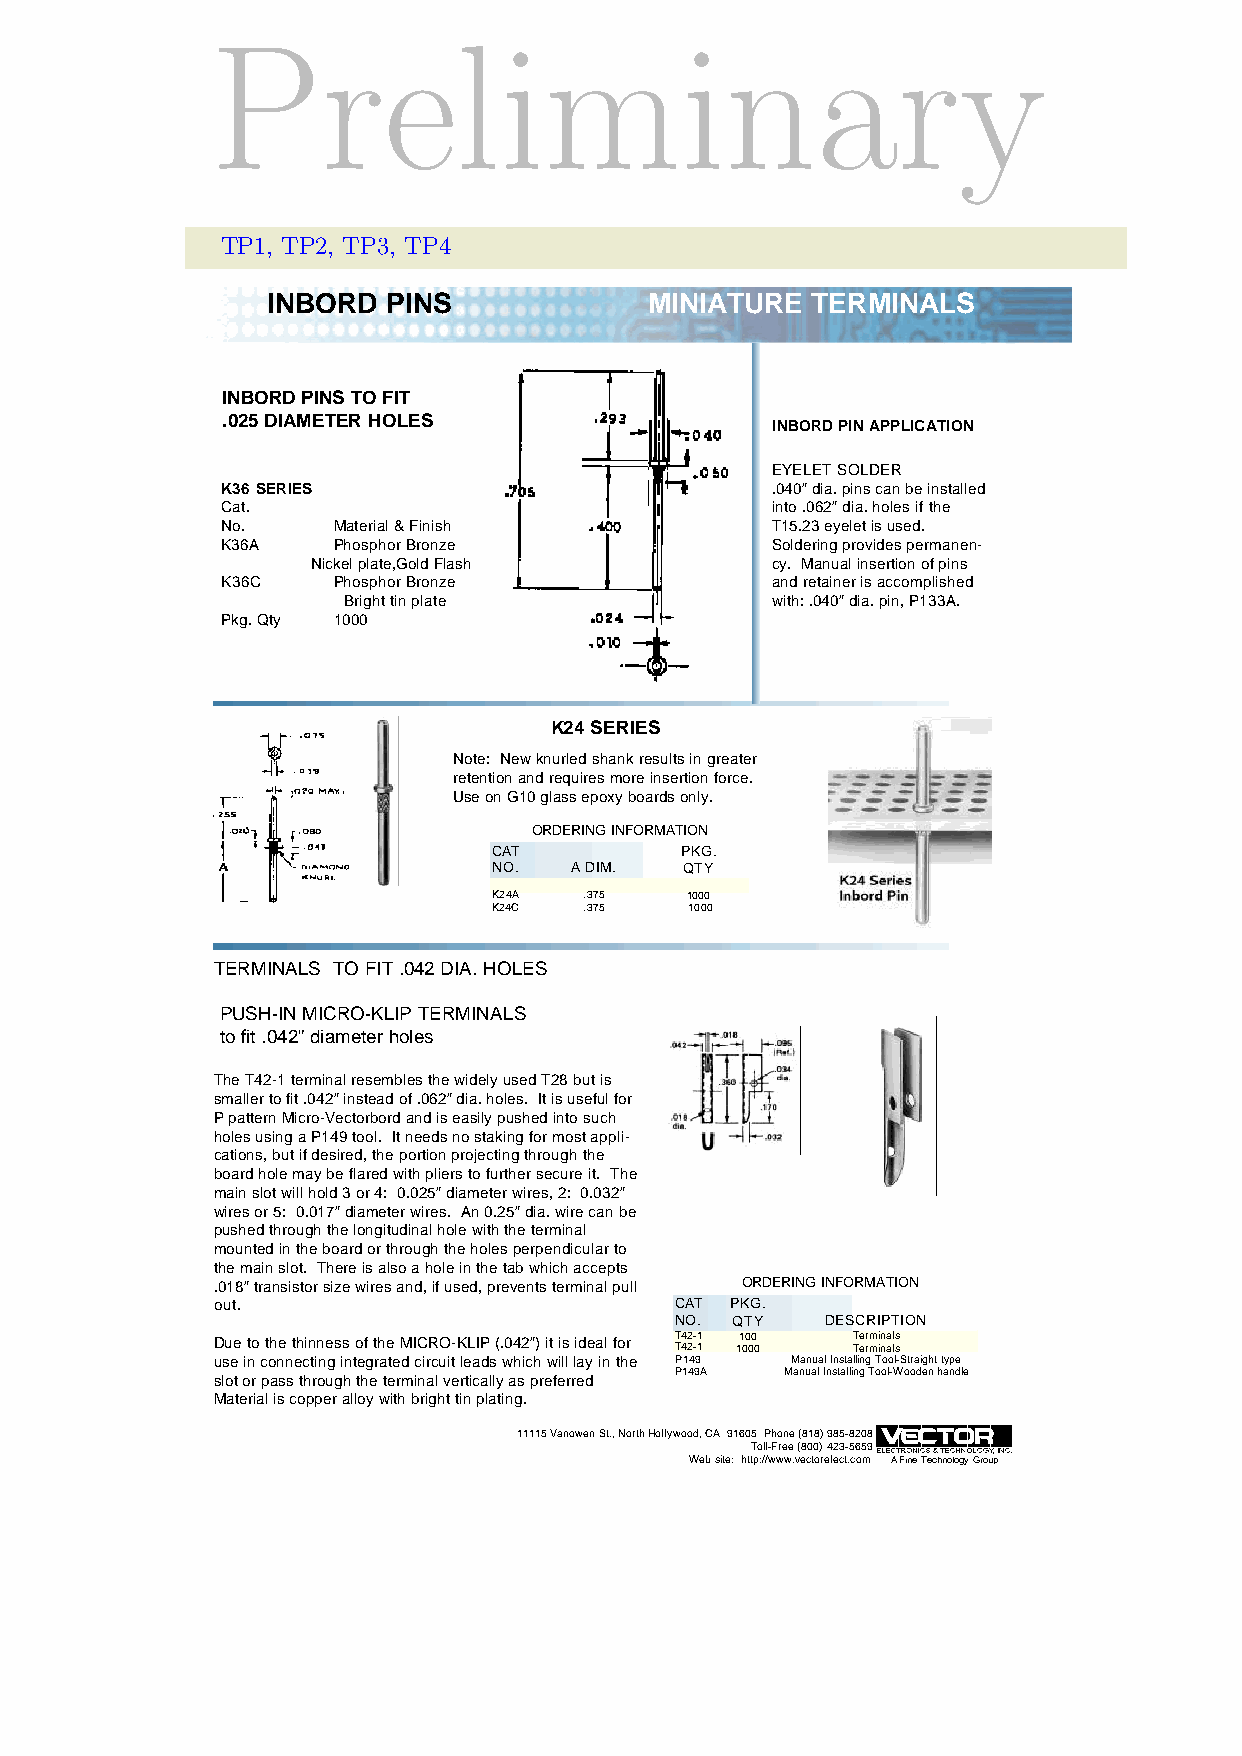
Preliminary
 TP1, TP2, TP3, TP4
 INBORD  PINS             MINIATURE  TERMINALS
 INBORD PINS TO FIT
 .025 DIAMETER HOLES
 INBORD PIN APPLICATION
 EYELET SOLDER
 K36 SERIES                          .040” dia. pins can be installed
 Cat.                                into .062” dia. holes if the
 No.    Material & Finish            T15.23 eyelet is used.
 K36A   Phosphor Bronze              Soldering provides permanen-
 Nickel plate,Gold Flash       cy. Manual insertion of pins
 K36C   Phosphor Bronze              and retainer is accomplished
 Bright tin plate            with: .040” dia. pin, P133A.
 Pkg. Qty 1000
 K24 SERIES
 Note: New knurled shank results in greater
 retention and requires more insertion force.
 Use on G10 glass epoxy boards only.
 ORDERING INFORMATION
 CAT         PKG.
 NO.  A DIM. QTY
 K24A  .375  1000
 K24C  .375   1000
 TERMINALS TO FIT .042 DIA. HOLES
 PUSH-IN MICRO-KLIP TERMINALS
 to fit .042” diameter holes
 The T42-1 terminal resembles the widely used T28 but is
 smaller to fit .042” instead of .062” dia. holes. It is useful for
 P pattern Micro-Vectorbord and is easily pushed into such
 holes using a P149 tool. It needs no staking for most appli-
 cations, but if desired, the portion projecting through the
 board hole may be flared with pliers to further secure it. The
 main slot will hold 3 or 4: 0.025” diameter wires, 2: 0.032”
 wires or 5: 0.017” diameter wires. An 0.25” dia. wire can be
 pushed through the longitudinal hole with the terminal
 mounted in the board or through the holes perpendicular to
 the main slot. There is also a hole in the tab which accepts
 .018” transistor size wires and, if used, prevents terminal pull ORDERING INFORMATION
 out.                           CAT PKG.
 NO. QTY   DESCRIPTION
 Due to the thinness of the MICRO-KLIP (.042”) it is ideal for T T4 42 2- -1 1 11 00 00 0 T Te er rm mi in na al ls s
 use in connecting integrated circuit leads which will lay in the P149 Manual Installing Tool-Straight type
 P149A  Manual Installing Tool-Wooden handle
 slot or pass through the terminal vertically as preferred
 Material is copper alloy with bright tin plating.
 11115 Vanowen St., North Hollywood, CA 91605 Phone (818) 985-8208
 Toll-Free (800) 423-5659
 Web site: http://www.vectorelect.com A Fine Technology Group